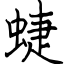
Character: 蜨